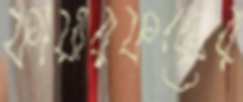
ফায়ারফক্সের